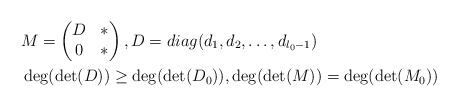
\begin{align*}&M=\begin{pmatrix}D & * \\0&*\end{pmatrix}, D=diag(d_1,d_2,\ldots,d_{l_0-1}) \\ &\deg(\det(D))\geq \deg(\det(D_0)),\deg(\det(M))=\deg(\det(M_0))\end{align*}